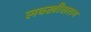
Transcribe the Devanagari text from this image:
लक्खीसराय